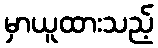
မှာယူထားသည့်